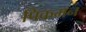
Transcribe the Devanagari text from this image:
पिकमन